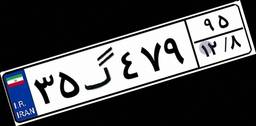
۳۵گ۴۷۹۹۵